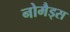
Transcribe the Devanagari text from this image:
नोमैड्स